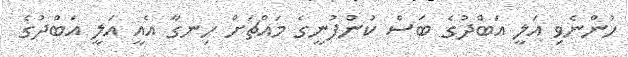
ހުންނެވި އަލީ އަބްދުގެ ބަސް ކުންފުނީގެ މައްޗަށް ހިނގާ އެއީ އަލީ އަބްދުގެ